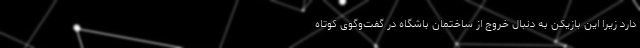
دارد زیرا این بازیکن به دنبال خروج از ساختمان باشگاه در گفت‌وگوی کوتاه